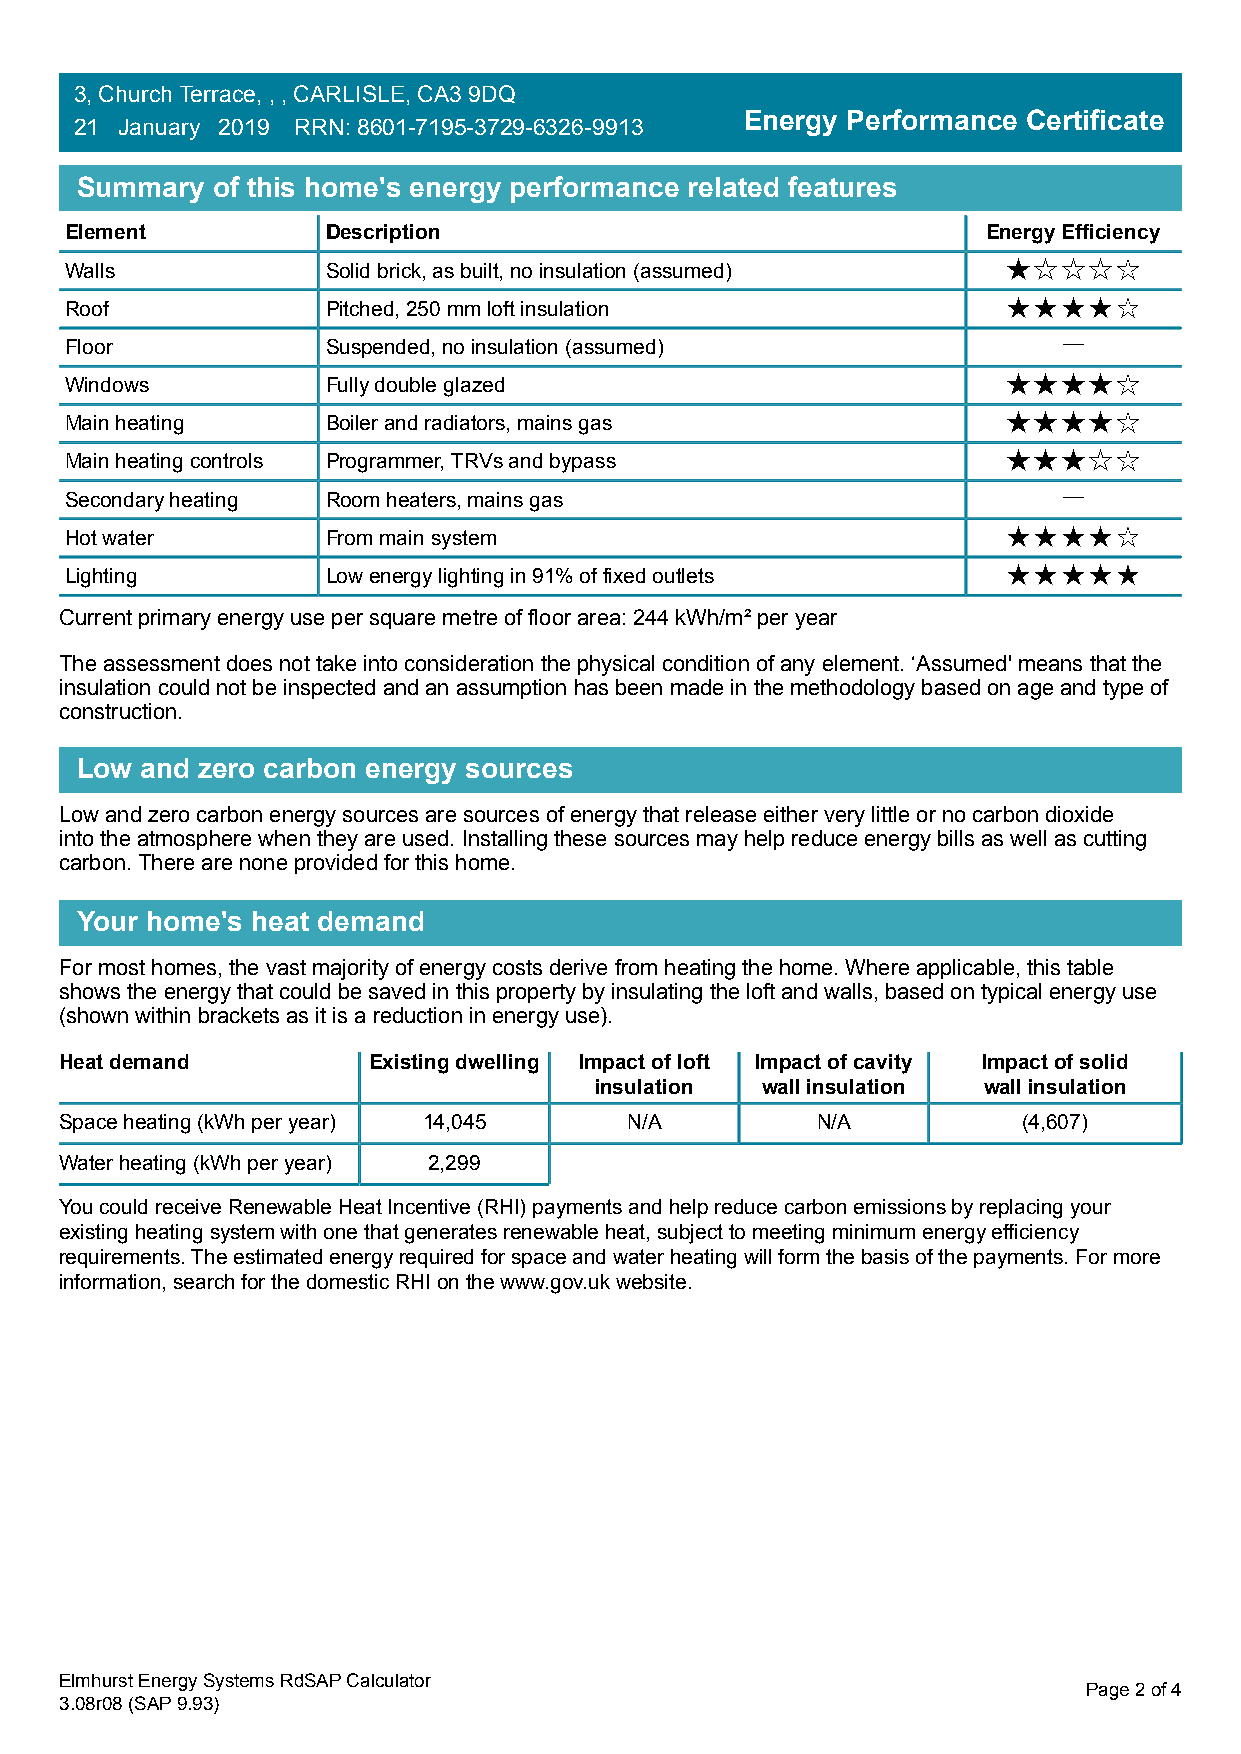
3, Church Terrace, , , CARLISLE, CA3 9DQ
 Energy Performance Certificate
 21 January 2019 RRN: 8601-7195-3729-6326-9913
 Summary  of this home's energy performance related features
 Element           Description                                Energy Efficiency
 Walls             Solid brick, as built, no insulation (assumed)
 Roof              Pitched, 250 mm loft insulation
 Floor             Suspended, no insulation (assumed)              —
 Windows           Fully double glazed
 Main heating      Boiler and radiators, mains gas
 Main heating controls Programmer, TRVs and bypass
 Secondary heating Room heaters, mains gas                         —
 Hot water         From main system
 Lighting          Low energy lighting in 91% of fixed outlets
 Current primary energy use per square metre of floor area: 244 kWh/m² per year
 The assessment does not take into consideration the physical condition of any element. ‘Assumed' means that the
 insulation could not be inspected and an assumption has been made in the methodology based on age and type of
 construction.
 Low and zero carbon energy sources
 Low and zero carbon energy sources are sources of energy that release either very little or no carbon dioxide
 into the atmosphere when they are used. Installing these sources may help reduce energy bills as well as cutting
 carbon. There are none provided for this home.
 Your home's heat demand
 For most homes, the vast majority of energy costs derive from heating the home. Where applicable, this table
 shows the energy that could be saved in this property by insulating the loft and walls, based on typical energy use
 (shown within brackets as it is a reduction in energy use).
 Heat demand         Existing dwelling Impact of loft Impact of cavity Impact of solid
 insulation wall insulation wall insulation
 Space heating (kWh per year) 14,045  N/A          N/A           (4,607)
 Water heating (kWh per year) 2,299
 You could receive Renewable Heat Incentive (RHI) payments and help reduce carbon emissions by replacing your
 existing heating system with one that generates renewable heat, subject to meeting minimum energy efficiency
 requirements. The estimated energy required for space and water heating will form the basis of the payments. For more
 information, search for the domestic RHI on the www.gov.uk website.
 Elmhurst Energy Systems RdSAP Calculator
 Page 2 of 4
 3.08r08 (SAP 9.93)